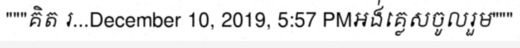
"""គិត រ...December 10, 2019, 5:57 PMអង់គ្លេសចូលរួម"""